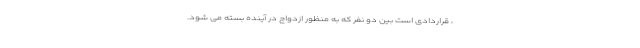
، قراردادی است بین دو نفر که به منظور ازدواج در آینده بسته می شود.